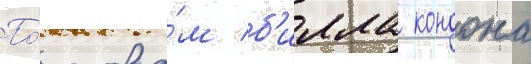
По́ слова́м б'илла кондона